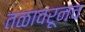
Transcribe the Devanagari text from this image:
तळावरूनच